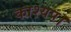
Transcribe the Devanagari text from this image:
काश्यप।